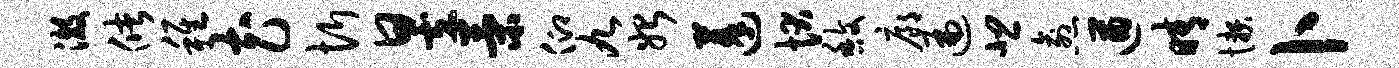
澈储稚花忻昱策仰九始蓬状馥廊遍悲愈遒晴懒卜